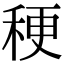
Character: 稉